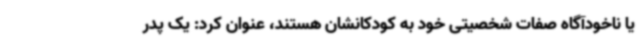
یا ناخودآگاه صفات شخصیتی خود به کودکانشان هستند، عنوان کرد: یک پدر